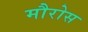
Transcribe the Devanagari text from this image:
मौरोस